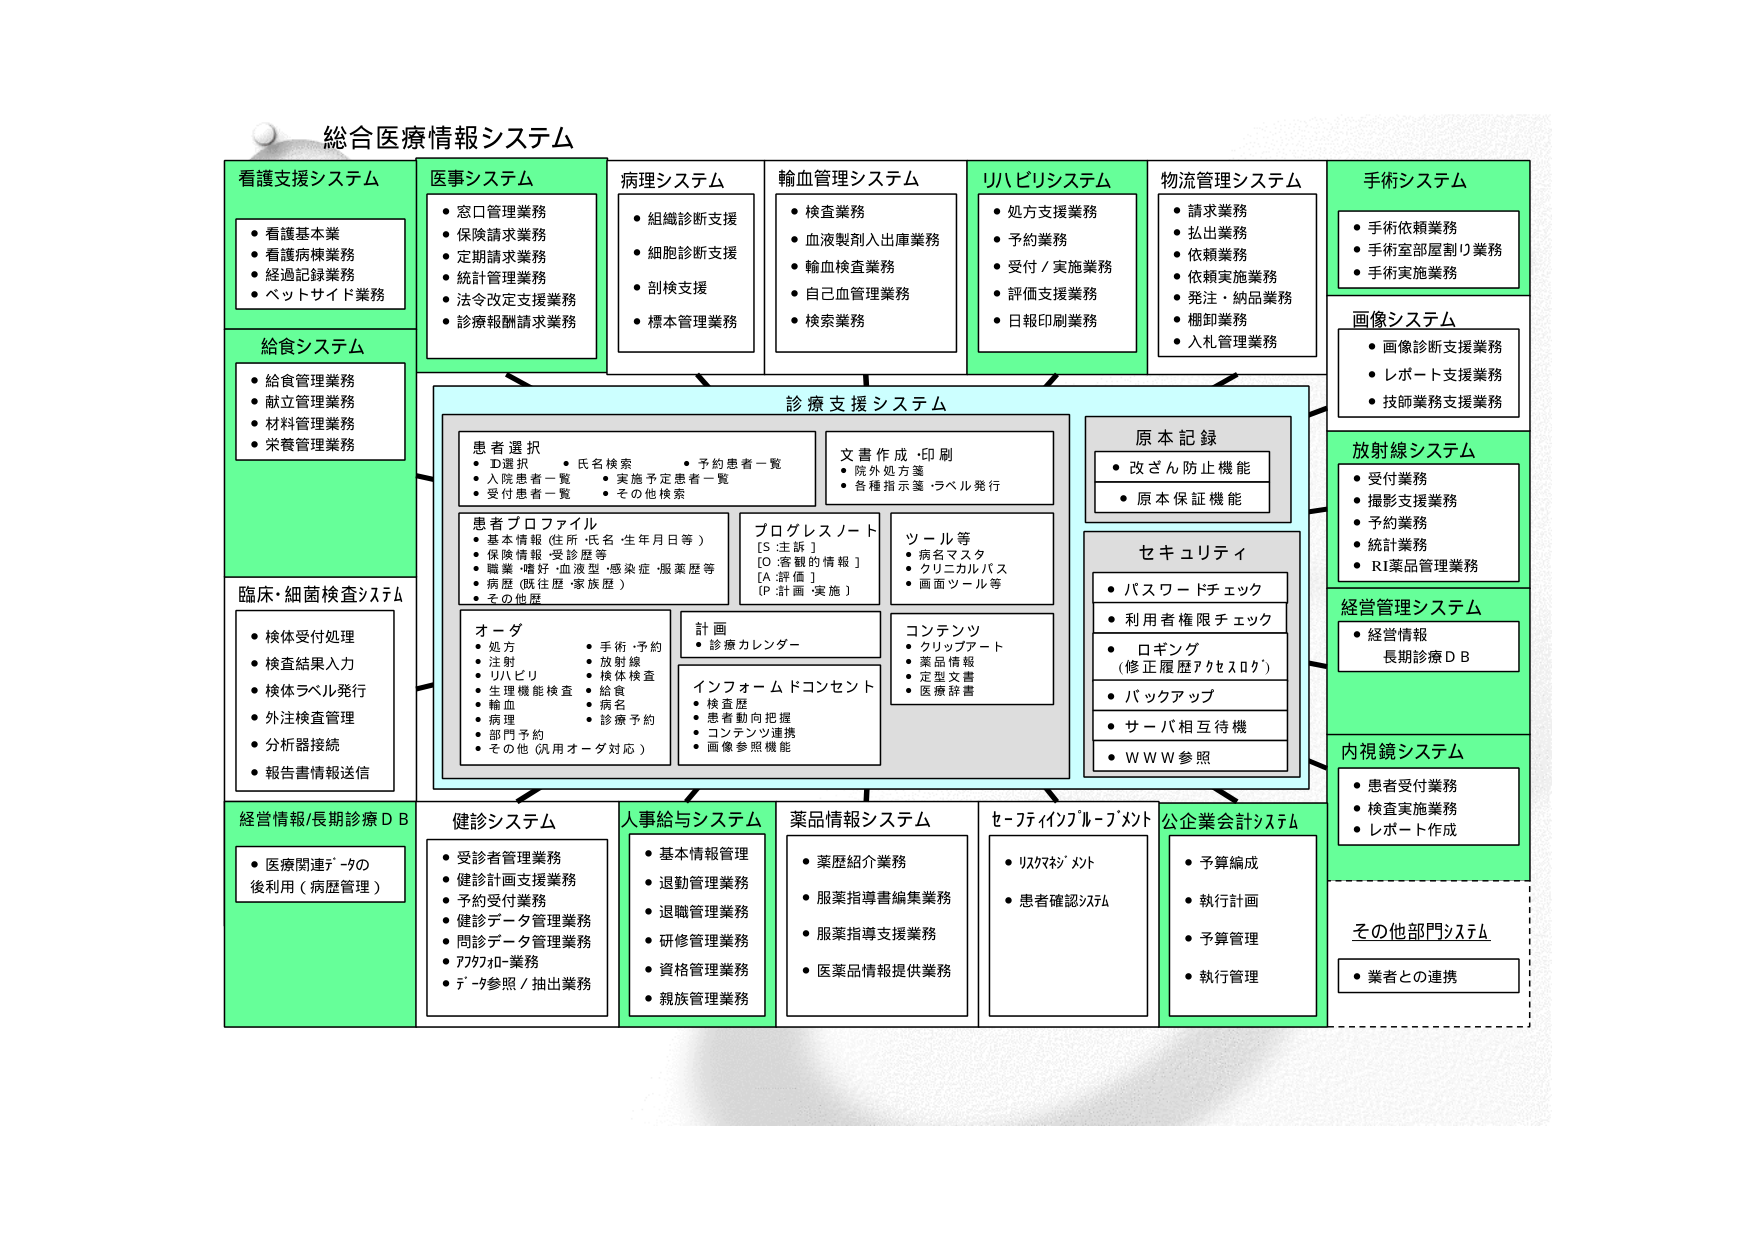
総合医療情報システム

看護支援システム
・看護基本業
・看護病棟業務
・経過記録業務
・ペットサイド業務

給食システム
・給食管理業務
・献立管理業務
・材料管理業務
・栄養管理業務

臨床・細菌検査システム
・検体受付処理
・検査結果入力
・検体ラベル発行
・外注検査管理
・分析器接続
・報告書情報送信

医事システム
・窓口管理業務
・保険請求業務
・定期請求業務
・統計管理業務
・法令改正支援業務
・診療報酬請求業務

病理システム
・組織診断支援
・細胞診断支援
・剖検支援
・標本管理業務

輸血管理システム
・検査業務
・血液製剤入出庫業務
・輸血検査業務
・自己血管理業務
・検索業務

リハビリシステム
・処方支援業務
・予約業務
・受付／実施業務
・評価支援業務
・日報印刷業務

物流管理システム
・請求業務
・払出業務
・依頼業務
・依頼実施業務
・発注・納品業務
・棚卸業務
・入札管理業務

手術システム
・手術依頼業務
・手術室部屋割り業務
・手術実施業務

画像システム
・画像診断支援業務
・レポート支援業務
・技師業務支援業務

放射線システム
・受付業務
・撮影支援業務
・予約業務
・統計業務
・RI薬品管理業務

経営管理システム
・経営情報
　長期診療ＤＢ

内視鏡システム
・患者受付業務
・検査実施業務
・レポート作成

その他部門システム
・業者との連携

診療支援システム

患者選択
・ＩＤ選択　・氏名検索　・予約患者一覧
・入院患者一覧　・実施予定患者一覧
・受付患者一覧　・その他検索

患者プロファイル
・基本情報（住所・氏名・生年月日等）
・保険情報・受診歴等
・職業・嗜好・血液型・感染症・服薬歴等
・病歴（既往歴・家族歴）
・その他歴

オーダ
・処方　　　　　・手術・予約
・注射　　　　　・放射線
・リハビリ　　　・検体検査
・生理機能検査　・給食
・輸血　　　　　・病名
・病理　　　　　・診療予約
・部門予約
・その他（汎用オーダ対応）

計画
・診療カレンダー

インフォームドコンセント
・検査歴
・患者動向把握
・コンテンツ連携
・画像参照機能

文書作成・印刷
・院外処方箋
・各種指示箋・ラベル発行

プログレスノート
［S：主訴］
［O：客観的情報］
［A：評価］
［P：計画・実施］

ツール等
・病名マスタ
・クリニカルパス
・画面ツール等

コンテンツ
・クリップアート
・薬品情報
・定型文書
・医療辞書

原本記録
・改ざん防止機能
・原本保証機能

セキュリティ
・パスワードチェック
・利用者権限チェック
・ログイン
　（修正履歴アクセスログ）
・バックアップ
・サーバ相互待機
・ＷＷＷ参照

経営情報/長期診療ＤＢ
・医療関連データの
　後利用（病歴管理）

健診システム
・受診者管理業務
・健診計画支援業務
・予約受付業務
・健診データ管理業務
・問診データ管理業務
・アフターロー業務
・データ参照／抽出業務

人事給与システム
・基本情報管理
・退勤管理業務
・退職管理業務
・研修管理業務
・資格管理業務
・親族管理業務

薬品情報システム
・薬歴紹介業務
・服薬指導書編集業務
・服薬指導支援業務
・医薬品情報提供業務

セーフティインフォルメント
・リスクマネジメント
・患者確認システム

公企業会計システム
・予算編成
・執行計画
・予算管理
・執行管理